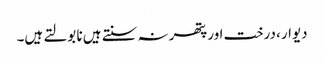
دیوار، درخت اور پتھر نہ سنتے ہیں نا بولتے ہیں۔